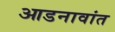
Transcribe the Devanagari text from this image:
आडनावांत